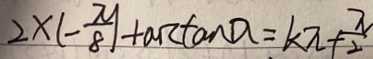
2 \times ( - \frac { \pi } { 8 } ) + a k \tan a = k \pi + \frac { \pi } { 2 }